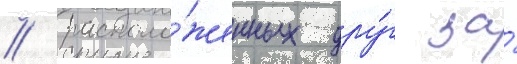
/ располо́женных дру́г за́